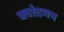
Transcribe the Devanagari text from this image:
क्वांटमन